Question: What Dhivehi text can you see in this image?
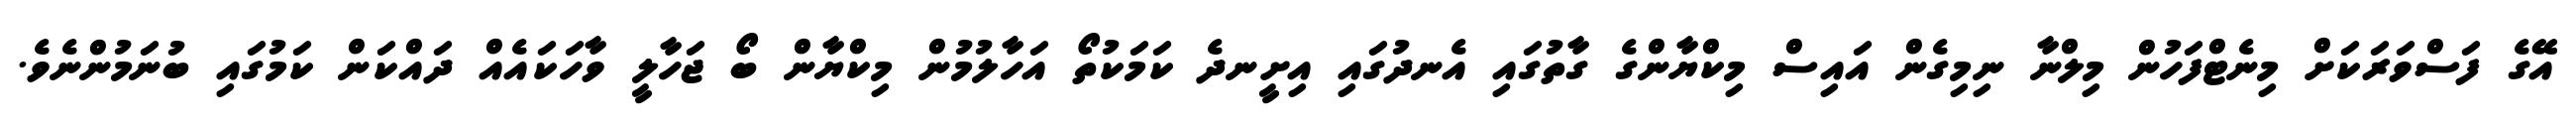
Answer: އޭގެ ފަސްވަރަކަށް މިނެޓްފަހުން މިލްނާ ނިމިގެން އައިސް މިކްޔާންގެ ގާތުގައި އެނދުގައި އިށީނދެ ކަމަކުތޯ އަހާލުމުން މިކްޔާން ބޯ ޖަހާލީ ވާހަކައެއް ދައްކަން ކަމުގައި ބުނަމުންނެވެ.